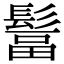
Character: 𩭺